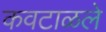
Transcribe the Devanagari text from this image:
कवटाळले